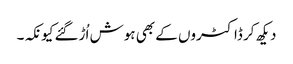
دیکھ کر ڈاکٹروں کے بھی ہوش اُڑگئے کیونکہ۔